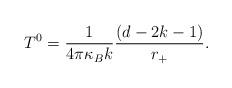
LaTeX: \begin{align*}T^{0}=\frac{1}{4\pi \kappa _{B}k}\frac{(d-2k-1)}{r_{+}}. \end{align*}